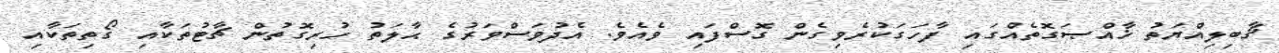
ޤާބިލިއްޔަތު ޚާއްޞަގޮތެއްގައި ފާހަގަކުރެވިގެން ގޮސްފައި ވެއެވެ. އެދުވަސްވަރުގެ ޙާލަތު ހުރިގޮތުން ޗާޓުތަކާއި ގޯތިތަކާއި